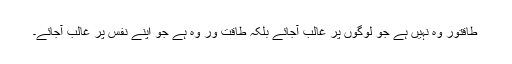
طاقتور وہ نہیں ہے جو لوگوں پر غالب آجائے بلکہ طاقت ور وہ ہے جو اپنے نفس پر غالب آجائے۔